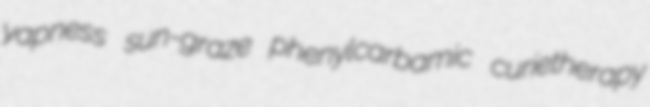
yapness sun-graze phenylcarbamic curietherapy